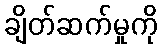
ချိတ်ဆက်မှုကို